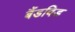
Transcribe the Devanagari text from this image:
बैंडविड